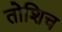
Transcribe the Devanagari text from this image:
तोशिच